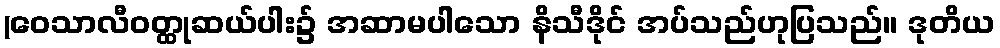
(ဝေသာလီဝတ္ထုဆယ်ပါး၌ အဆာမပါသော နိသီဒိုင် အပ်သည်ဟုပြသည်။ ဒုတိယ